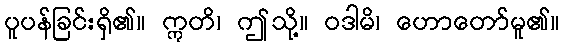
ပူပန်ခြင်းရှိ၏။ ဣတိ၊ ဤသို့။ ဝဒါမိ၊ ဟောတော်မူ၏။